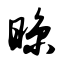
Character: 晾